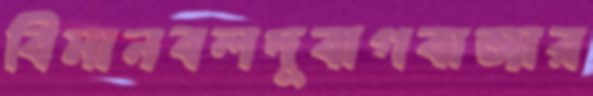
বিমানবলদুবাগবাজার